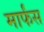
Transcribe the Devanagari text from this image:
मार्फंस